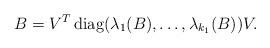
LaTeX: \begin{align*} B=V^T\operatorname{diag}(\lambda_1(B),\dots,\lambda_{k_1}(B))V.\end{align*}